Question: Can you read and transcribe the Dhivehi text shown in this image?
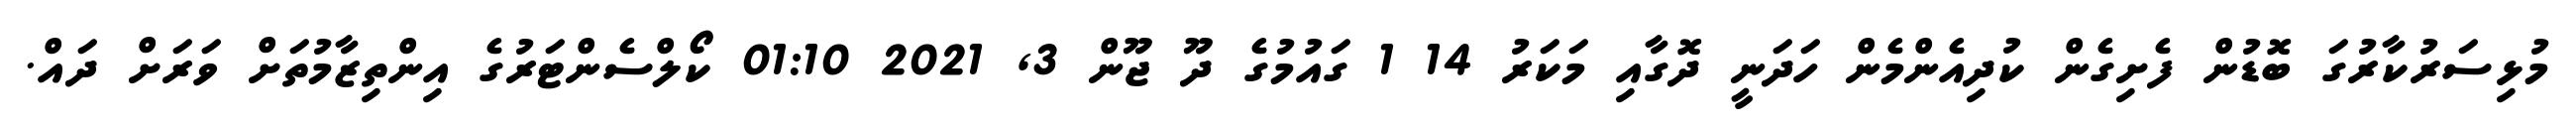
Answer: މުޅިސަރުކާރުގަ ބޮޑުން ފެށިގެން ކުދިއެންމެން ހަދަނީ ދޮގާއި މަކަރު 14 1 ގައުމުގެ ދޫ ޖޫން 3, 2021 01:10 ކޯލްސެންޓަރުގެ އިންތިޒާމުތަށް ވަރަށް ދައް.